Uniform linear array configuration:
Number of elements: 16
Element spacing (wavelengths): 1
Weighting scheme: binomial
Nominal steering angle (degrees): -45
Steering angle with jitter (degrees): -46.903
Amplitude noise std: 0.05
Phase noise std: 0.05

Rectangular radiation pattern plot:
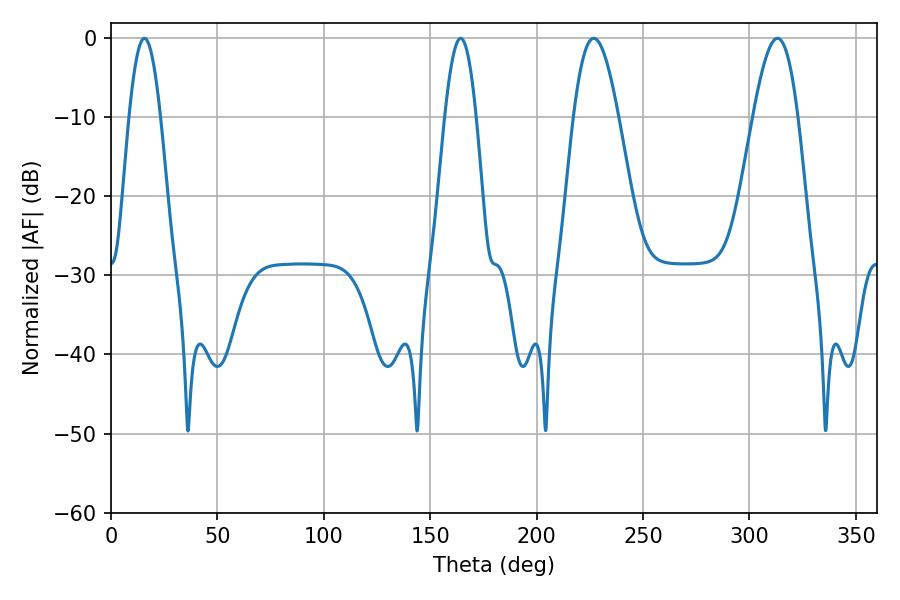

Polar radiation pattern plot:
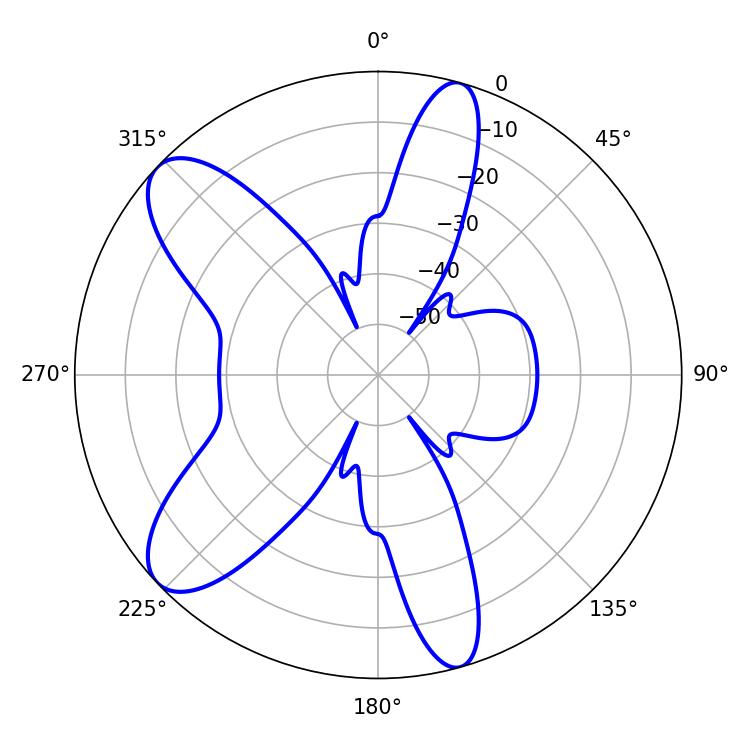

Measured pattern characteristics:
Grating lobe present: TRUE
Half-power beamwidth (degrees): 11.34
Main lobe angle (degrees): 226.8